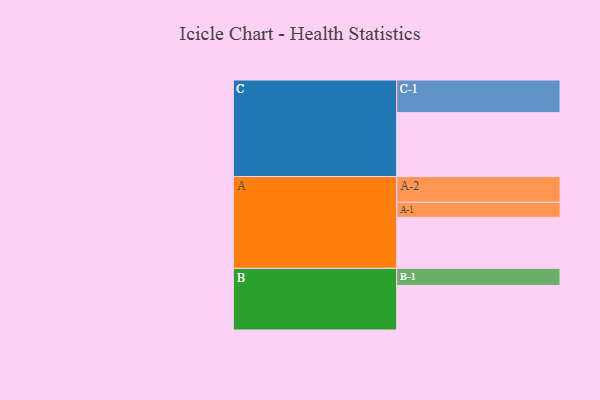
{"axis": {"x": "Segment", "y": "Value"}, "legend": ["", "A", "B", "C"], "data": [{"x": "A", "y": 450, "type": ""}, {"x": "B", "y": 393, "type": ""}, {"x": "C", "y": 564, "type": ""}, {"x": "A-1", "y": 133, "type": "A"}, {"x": "A-2", "y": 227, "type": "A"}, {"x": "B-1", "y": 151, "type": "B"}, {"x": "C-1", "y": 288, "type": "C"}]}